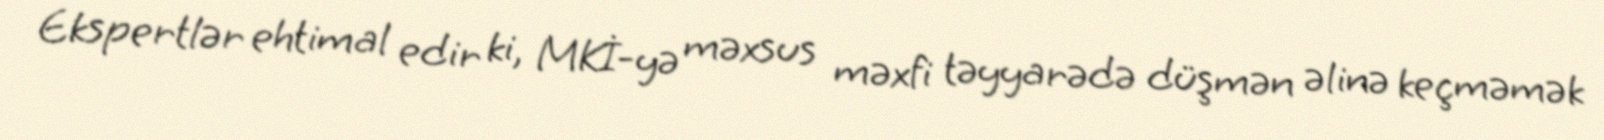
Ekspertlər ehtimal edir ki, MKİ-yə məxsus məxfi təyyarədə düşmən əlinə keçməmək